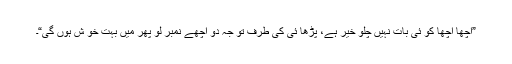
”اچھا اچھا کو ئی بات نہیں چلو خیر ہے، پڑھا ئی کی طرف تو جہ دو اچھے نمبر لو پھر میں بہت خو ش ہوں گی“۔